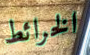
الخرائط